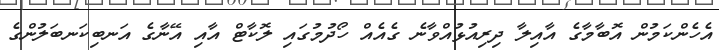
އެހެންކަމުން އޮބާމާގެ އާއިލާ ދިރިއުޅުއްވާނެ ގެއެއް ހޯދުމުގައި ލޮކާޓް އާއި އޭނާގެ އަނބިކަނބަލުންގެ